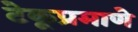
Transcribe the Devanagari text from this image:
टेकूप्रमाणे